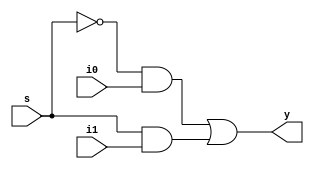
`timescale 1ns / 1ps
//////////////////////////////////////////////////////////////////////////////////
// Company: 
// Engineer: 
// 
// Design Name: 
// Module Name: mux2x1dataflow
// Project Name: 
// Target Devices: 
// Tool Versions: 
// Description: 
// 
// Dependencies: 
// 
// Revision:
// Revision 0.01 - File Created
// Additional Comments:
// 
//////////////////////////////////////////////////////////////////////////////////


module mux2x1dataflow(
    input s,
    input i0,
    input i1,
    output reg y
    );
    always@(i0 or i1 or s)
    begin 
        y=(~s&i0)|(s&i1);
    end    
    
    
    
endmodule